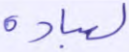
لعباده